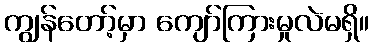
ကျွန်တော့်မှာ ကျော်ကြားမှုလဲမရှိ။